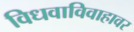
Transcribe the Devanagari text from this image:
विधवाविवाहावर